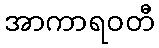
အာကာရဝတီ